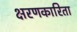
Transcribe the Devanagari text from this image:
क्षरणकारिता